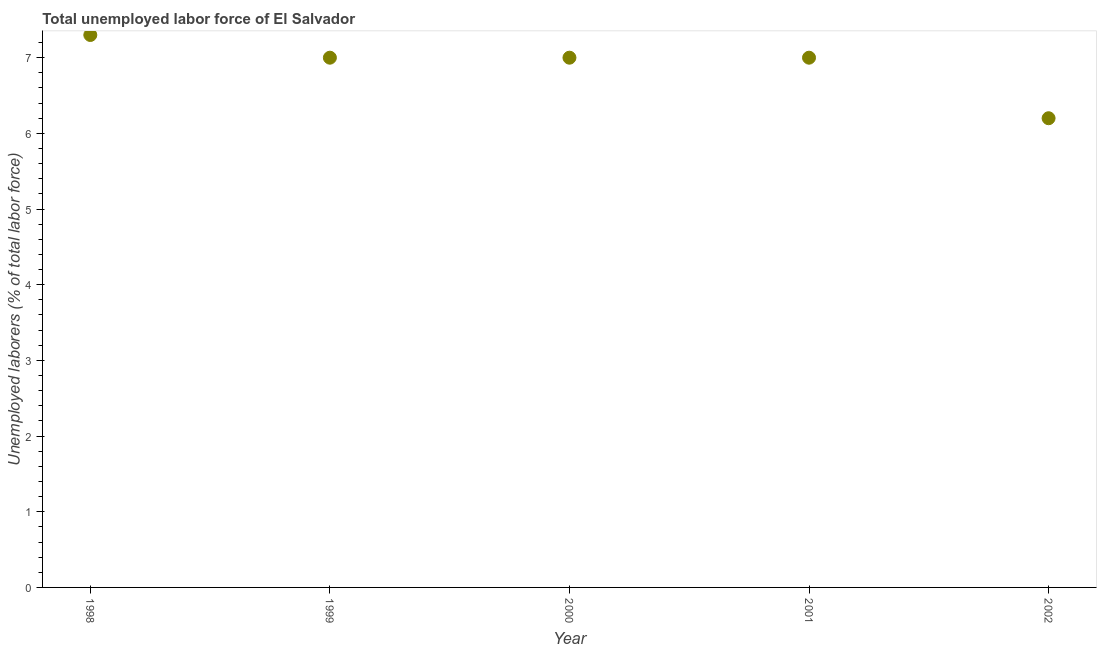
| Year | Unemployment total |
 | --- | --- |
 | 1998 | 7.3 |
 | 1999 | 7 |
 | 2000 | 7 |
 | 2001 | 7 |
 | 2002 | 6.2 |